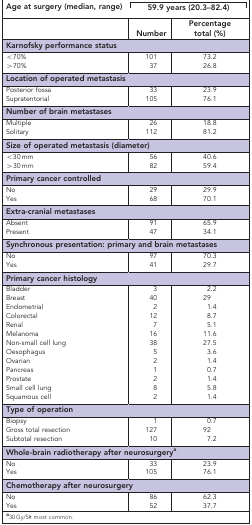
<table><thead><tr><td><b>Age at surgery (median, range)</b></td><td colspan="2"><b>59.9 years (20.3–82.4)</b></td></tr><tr><td><b> </b></td><td><b>Number</b></td><td><b>Percentage total (%)</b></td></tr></thead><tbody><tr><td colspan="3"><b>Karnofsky performance status</b></td></tr><tr><td>&lt;70%</td><td>101</td><td>73.2</td></tr><tr><td>&gt;70%</td><td>37</td><td>26.8</td></tr><tr><td colspan="3"><b>Location of operated metastasis</b></td></tr><tr><td>Posterior fossa</td><td>33</td><td>23.9</td></tr><tr><td>Supratentorial</td><td>105</td><td>76.1</td></tr><tr><td colspan="3"><b>Number of brain metastases</b></td></tr><tr><td>Multiple</td><td>26</td><td>18.8</td></tr><tr><td>Solitary</td><td>112</td><td>81.2</td></tr><tr><td colspan="3"><b>Size of operated metastasis (diameter)</b></td></tr><tr><td>&lt;30 mm</td><td>56</td><td>40.6</td></tr><tr><td>&gt;30 mm</td><td>82</td><td>59.4</td></tr><tr><td colspan="3"><b>Primary cancer controlled</b></td></tr><tr><td>No</td><td>29</td><td>29.9</td></tr><tr><td>Yes</td><td>68</td><td>70.1</td></tr><tr><td colspan="3"><b>Extra-cranial metastases</b></td></tr><tr><td>Absent</td><td>91</td><td>65.9</td></tr><tr><td>Present</td><td>47</td><td>34.1</td></tr><tr><td colspan="3"><b>Synchronous presentation: primary and brain metastases</b></td></tr><tr><td>No</td><td>97</td><td>70.3</td></tr><tr><td>Yes</td><td>41</td><td>29.7</td></tr><tr><td colspan="3"><b>Primary cancer histology</b></td></tr><tr><td>Bladder</td><td>3</td><td>2.2</td></tr><tr><td>Breast</td><td>40</td><td>29</td></tr><tr><td>Endometrial</td><td>2</td><td>1.4</td></tr><tr><td>Colorectal</td><td>12</td><td>8.7</td></tr><tr><td>Renal</td><td>7</td><td>5.1</td></tr><tr><td>Melanoma</td><td>16</td><td>11.6</td></tr><tr><td>Non-small cell lung</td><td>38</td><td>27.5</td></tr><tr><td>Oesophagus</td><td>5</td><td>3.6</td></tr><tr><td>Ovarian</td><td>2</td><td>1.4</td></tr><tr><td>Pancreas</td><td>1</td><td>0.7</td></tr><tr><td>Prostate</td><td>2</td><td>1.4</td></tr><tr><td>Small cell lung</td><td>8</td><td>5.8</td></tr><tr><td>Squamous cell</td><td>2</td><td>1.4</td></tr><tr><td colspan="3"><b>Type of operation</b></td></tr><tr><td>Biopsy</td><td>1</td><td>0.7</td></tr><tr><td>Gross total resection</td><td>127</td><td>92</td></tr><tr><td>Subtotal resection</td><td>10</td><td>7.2</td></tr><tr><td colspan="3"><b>Whole-brain radiotherapy after neurosurgerya</b></td></tr><tr><td>No</td><td>33</td><td>23.9</td></tr><tr><td>Yes</td><td>105</td><td>76.1</td></tr><tr><td colspan="3"><b>Chemotherapy after neurosurgery</b></td></tr><tr><td>No</td><td>86</td><td>62.3</td></tr><tr><td>Yes</td><td>52</td><td>37.7</td></tr></tbody></table>